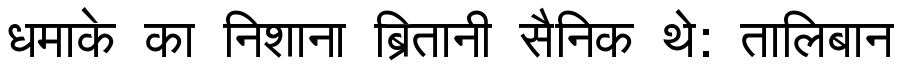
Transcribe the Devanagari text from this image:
धमाके का निशाना ब्रितानी सैनिक थे: तालिबान